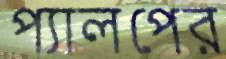
প্যালপের